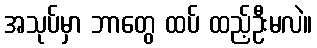
အသုပ်မှာ ဘာတွေ ထပ် ထည့်ဦးမလဲ။